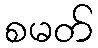
စမတ်